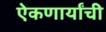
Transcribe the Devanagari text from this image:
ऐकणार्यांची